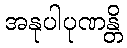
အနုပါပုဏန္တိ